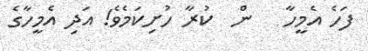
ފަހެ އެމީހާ   ން  ކުރާ ހުށިކަމެވެ! އަދި އެމީހާގެ